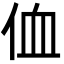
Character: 侐